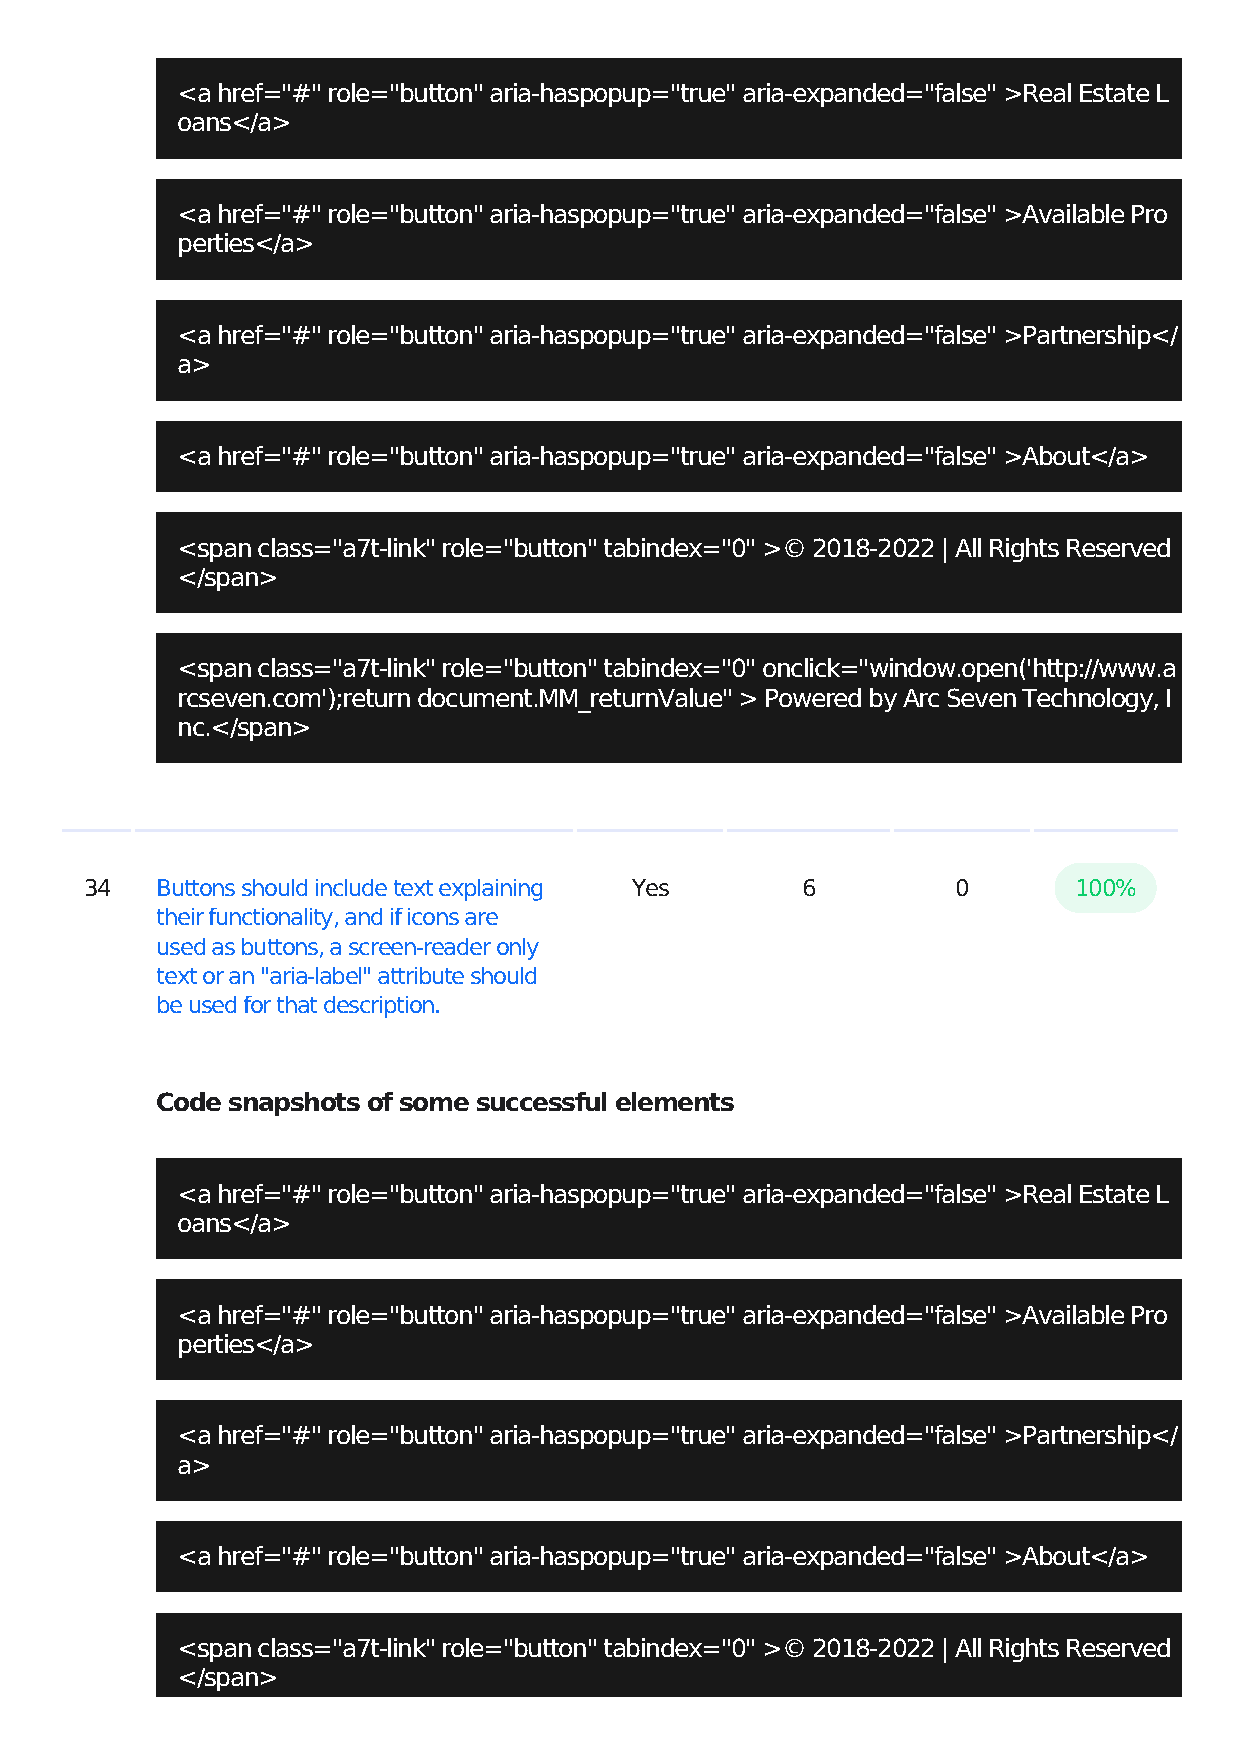
<a href="#" role="button" aria-haspopup="true" aria-expanded="false" >Real Estate L
 oans</a>
 <a href="#" role="button" aria-haspopup="true" aria-expanded="false" >Available Pro
 perties</a>
 <a href="#" role="button" aria-haspopup="true" aria-expanded="false" >Partnership</
 a>
 <a href="#" role="button" aria-haspopup="true" aria-expanded="false" >About</a>
 <span class="a7t-link" role="button" tabindex="0" >© 2018-2022 | All Rights Reserved
 </span>
 <span class="a7t-link" role="button" tabindex="0" onclick="window.open('http://www.a
 rcseven.com');return document.MM_returnValue" > Powered by Arc Seven Technology, I
 nc.</span>
 34  Buttons should include text explaining Yes 6         0       100%
 their functionality, and if icons are
 used as buttons, a screen-reader only
 text or an "aria-label" attribute should
 be used for that description.
 Code snapshots of some successful elements
 <a href="#" role="button" aria-haspopup="true" aria-expanded="false" >Real Estate L
 oans</a>
 <a href="#" role="button" aria-haspopup="true" aria-expanded="false" >Available Pro
 perties</a>
 <a href="#" role="button" aria-haspopup="true" aria-expanded="false" >Partnership</
 a>
 <a href="#" role="button" aria-haspopup="true" aria-expanded="false" >About</a>
 <span class="a7t-link" role="button" tabindex="0" >© 2018-2022 | All Rights Reserved
 </span>